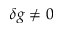
\delta g \neq 0